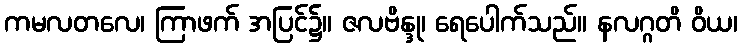
ကမလတလေ၊ ကြာဖက် အပြင်၌။ ဇလဗိန္ဒု၊ ရေပေါက်သည်။ နလဂ္ဂတိ ဝိယ၊